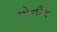
એનીમ